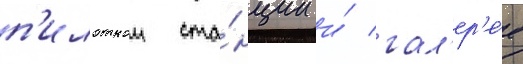
п'илотнои ста́нции и́ гал'ер'е́е